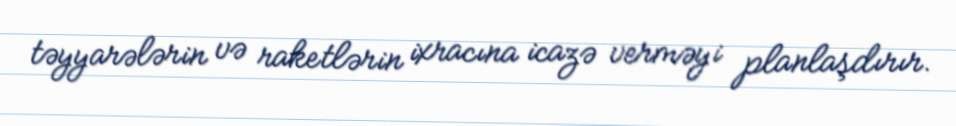
təyyarələrin və raketlərin ixracına icazə verməyi planlaşdırır.